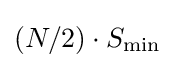
(N/2)\cdot S_{\mathrm {min} }